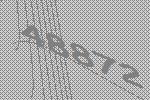
48872